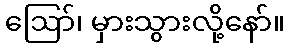
ဪ၊ မှားသွားလို့နော်။